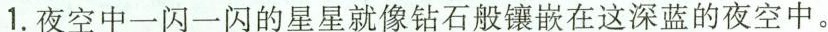
1.夜空中一闪一闪的星星就像钻石般镶嵌在这深蓝的夜空中。